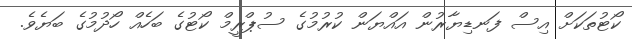
ކޯޓުތަކަށް އިސް ފަނޑިޔާރުން އައްޔަން ކުރުމުގެ ސުޕްރީމް ކޯޓުގެ ބަހެއް ހޯދުމުގެ ބަޔެވެ.